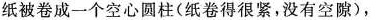
纸被卷成一个空心圆柱(纸卷得很紧，没有空隙)，